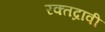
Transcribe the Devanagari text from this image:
रक्तद्रावी